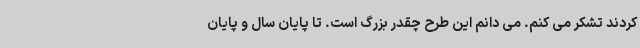
کردند تشکر می کنم. می دانم این طرح چقدر بزرگ است. تا پایان سال و پایان